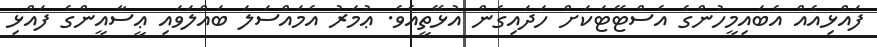
ފައްޅިއެއް އެބައިމީހުންގެ އެސްޓޭޓަކަށް ހަދައިގެން އުޅޭތީއެވެ. ޢުމަރު އެމައްސަލަ ބައްލަވައި ޢީސާއީންގެ ފައްޅި